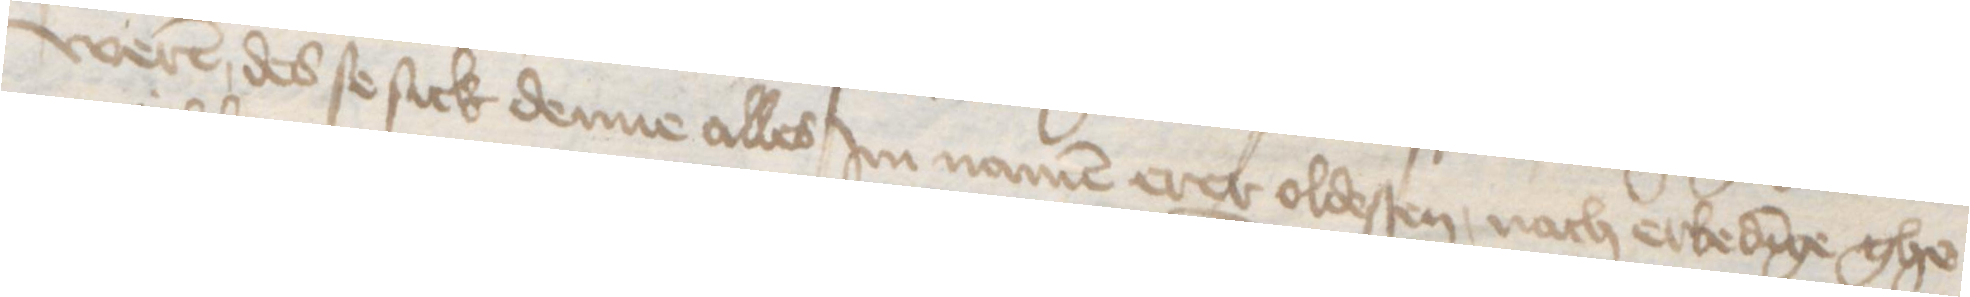
weren des se sick denne alles Jm namen erer oldesten, nach erbedinge ghe¬